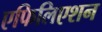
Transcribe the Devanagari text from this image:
एफिलिएशन